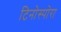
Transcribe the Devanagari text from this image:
टिनोस्पोरा